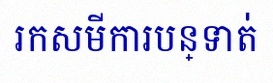
រកសមីការបន្ទាត់